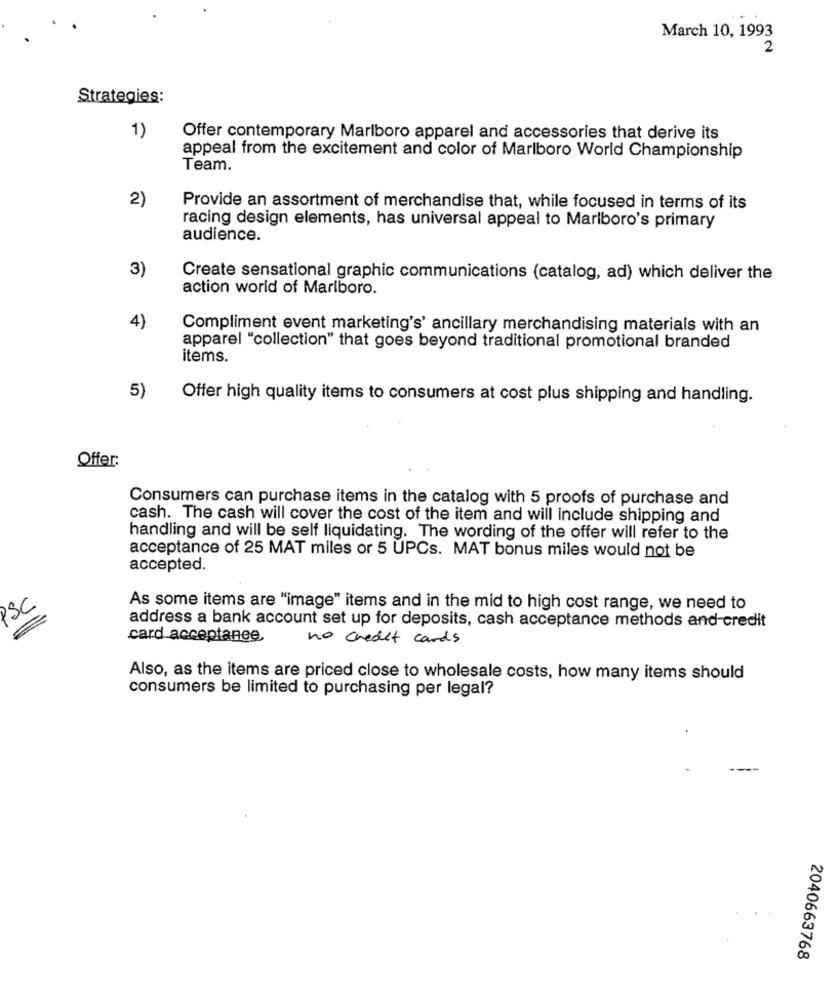
March 10, 1993
2
Strategies:
1)
Offer contemporary Marlboro apparel and accessories that derive its
appeal from the excitement and color of Marlboro World Championship
Team.
2)
Provide an assortment of merchandise that, while focused in terms of its
racing design elements, has universal appeal to Marlboro's primary
audience.
3)
Create sensational graphic communications (catalog, ad) which deliver the
action world of Marlboro.
4)
Compliment event marketing's' ancillary merchandising materials with an
apparel "collection" that goes beyond traditional promotional branded
items.
5)
Offer high quality items to consumers at cost plus shipping and handling.
Offer:
Consumers can purchase items in the catalog with 5 proofs of purchase and
cash. The cash will cover the cost of the item and will include shipping and
handling and will be self liquidating. The wording of the offer will refer to the
acceptance of 25 MAT miles or 5 UPCs. MAT bonus miles would not be
accepted.
PSC
As some items are "image" items and in the mid to high cost range, we need to
address a bank account set up for deposits, cash acceptance methods and credit
card acceptance,
no credit cards
Also, as the items are priced close to wholesale costs, how many items should
consumers be limited to purchasing per legal?
2040663768